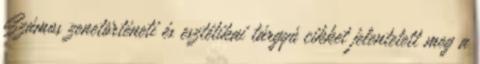
Számos zenetörténeti és esztétikai tárgyú cikket jelentetett meg a